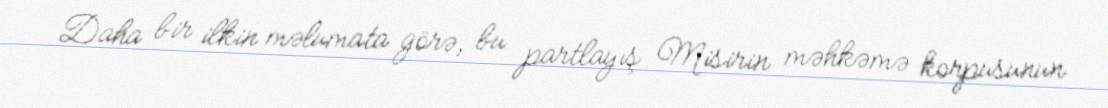
Daha bir ilkin məlumata görə, bu partlayış Misirin məhkəmə korpusunun